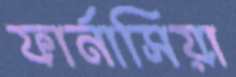
ফার্নাসিয়া